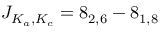
J _ { K _ { a } , K _ { c } } = 8 _ { 2 , 6 } - 8 _ { 1 , 8 }